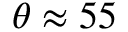
\theta \approx 5 5